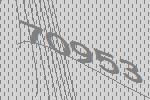
70953